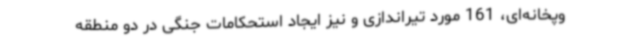
وپخانه‌ای، 161 مورد تیراندازی و نیز ایجاد استحکامات جنگی در دو منطقه